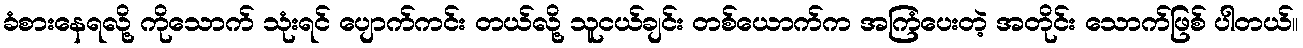
ခံစားနေရလို့ ကိုသောက် သုံးရင် ပျောက်ကင်း တယ်လို့ သူငယ်ချင်း တစ်ယောက်က အကြံပေးတဲ့ အတိုင်း သောက်ဖြစ် ပါတယ်။